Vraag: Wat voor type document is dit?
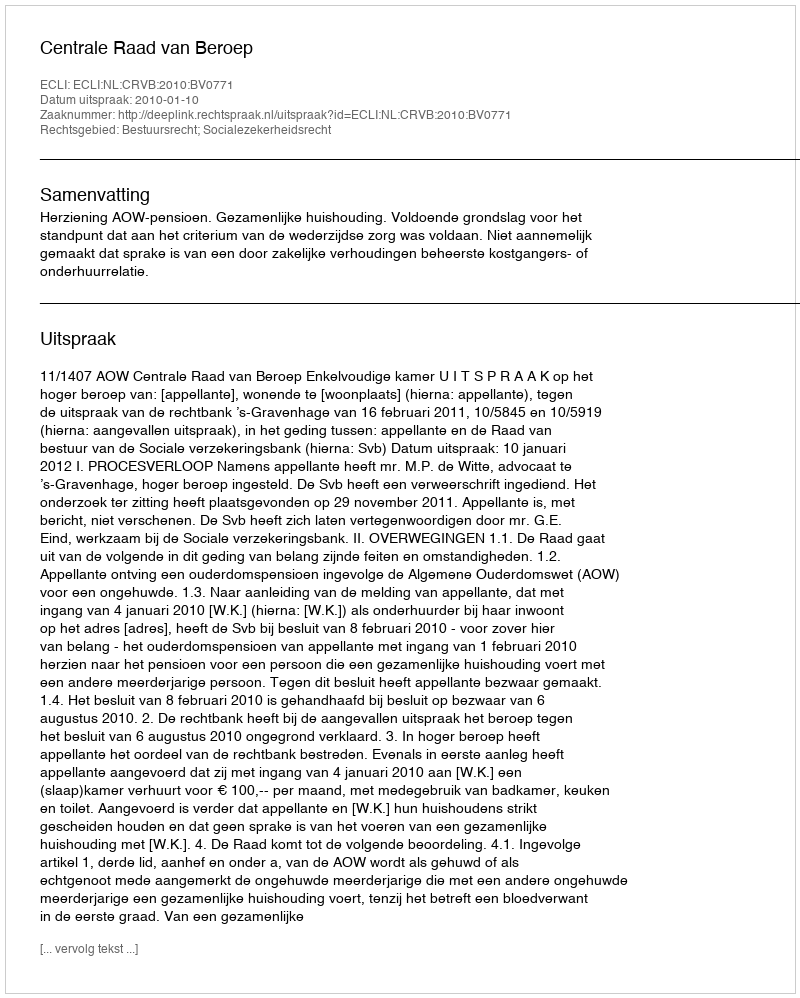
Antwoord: Uitspraak